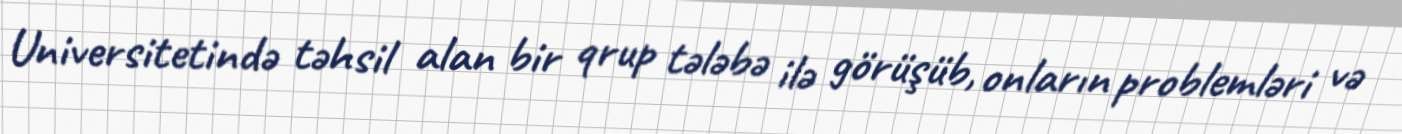
Universitetində təhsil alan bir qrup tələbə ilə görüşüb, onların problemləri və